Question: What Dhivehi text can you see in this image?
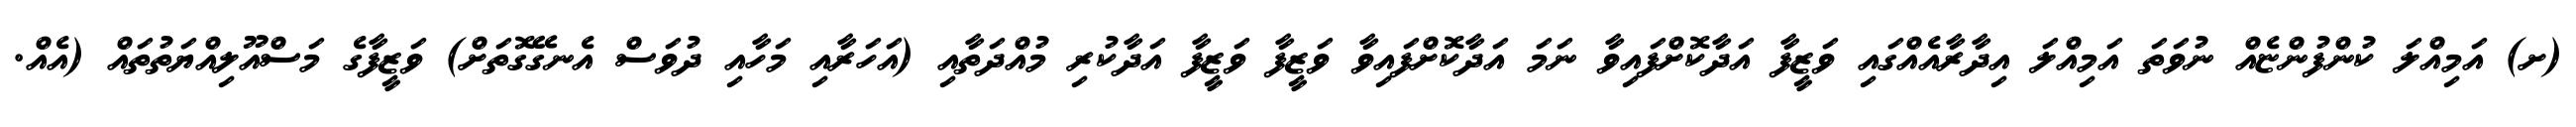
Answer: (ށ) އަމިއްލަ ކުންފުންޏެއް ނުވަތަ އަމިއްލަ އިދާރާއެއްގައި ވަޒީފާ އަދާކޮށްފައިވާ ނަމަ އަދާކޮށްފައިވާ ވަޒީފާ ވަޒީފާ އަދާކުރި މުއްދަތާއި (އަހަރާއި މަހާއި ދުވަސް އެނގޭގޮތަށް) ވަޒީފާގެ މަސްއޫލިއްޔަތުތައް (އެއް.